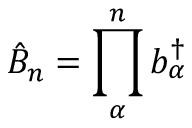
\hat { B } _ { n } = \prod _ { \alpha } ^ { n } b _ { \alpha } ^ { \dag }